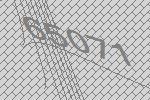
65071